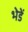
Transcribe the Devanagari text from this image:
भेडें